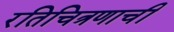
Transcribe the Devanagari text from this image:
रतिचित्रणाची